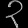
Digit: ၃